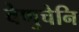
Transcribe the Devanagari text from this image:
वेणुचेनि